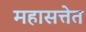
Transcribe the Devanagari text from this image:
महासत्तेत